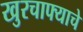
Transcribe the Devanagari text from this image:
खुरचाफ्याचे